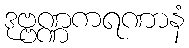
ဒုဗ္ဗဏ္ဏကရဏာနံ